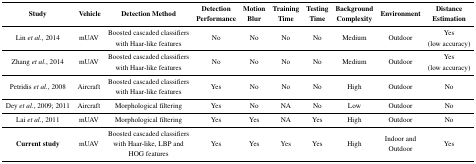
<table><thead><tr><td><b>Study</b></td><td><b>Vehicle</b></td><td><b>Detection Method</b></td><td><b>Detection Performance</b></td><td><b>Motion Blur</b></td><td><b>Training Time</b></td><td><b>Testing Time</b></td><td><b>Background Complexity</b></td><td><b>Environment</b></td><td><b>Distance Estimation</b></td></tr></thead><tbody><tr><td>Lin <i>et al.</i>, 2014</td><td>mUAV</td><td>Boosted cascaded classifiers with Haar-like features</td><td>No</td><td>No</td><td>No</td><td>No</td><td>Medium</td><td>Outdoor</td><td>Yes (low accuracy)</td></tr><tr><td>Zhang <i>et al.</i>, 2014</td><td>mUAV</td><td>Boosted cascaded classifiers with Haar-like features</td><td>No</td><td>No</td><td>No</td><td>No</td><td>Medium</td><td>Outdoor</td><td>Yes (low accuracy)</td></tr><tr><td>Petridis <i>et al.</i>, 2008</td><td>Aircraft</td><td>Boosted cascaded classifiers with Haar-like features</td><td>Yes</td><td>No</td><td>No</td><td>No</td><td>High</td><td>Outdoor</td><td>No</td></tr><tr><td>Dey <i>et al.</i>, 2009; 2011</td><td>Aircraft</td><td>Morphological filtering</td><td>Yes</td><td>No</td><td>NA</td><td>No</td><td>Low</td><td>Outdoor</td><td>No</td></tr><tr><td>Lai <i>et al.</i>, 2011</td><td>mUAV</td><td>Morphological filtering</td><td>Yes</td><td>Yes</td><td>NA</td><td>Yes</td><td>High</td><td>Outdoor</td><td>No</td></tr><tr><td><b>Current study</b></td><td>mUAV</td><td>Boosted cascaded classifiers with Haar-like, LBP and HOG features</td><td>Yes</td><td>Yes</td><td>Yes</td><td>Yes</td><td>High</td><td>Indoor and Outdoor</td><td>Yes</td></tr></tbody></table>